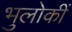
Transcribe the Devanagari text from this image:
भुलोकीं